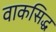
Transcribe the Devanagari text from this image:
वाकसिद्ध